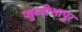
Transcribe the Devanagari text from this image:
जुन्दीशापुर